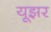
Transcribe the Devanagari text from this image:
यूझर